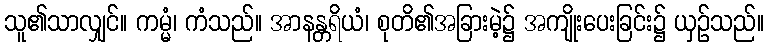
သူ၏သာလျှင်။ ကမ္မံ၊ ကံသည်။ အာနန္တရိယံ၊ စုတိ၏အခြားမဲ့၌ အကျိုးပေးခြင်း၌ ယှဉ်သည်။